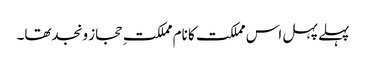
پہلے پہل اس مملکت کا نام مملکتِ حجاز ونجدتھا۔